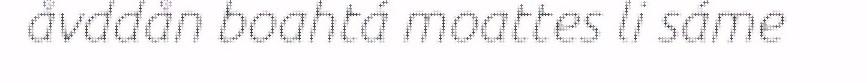
åvddån boahtá moattes li sáme